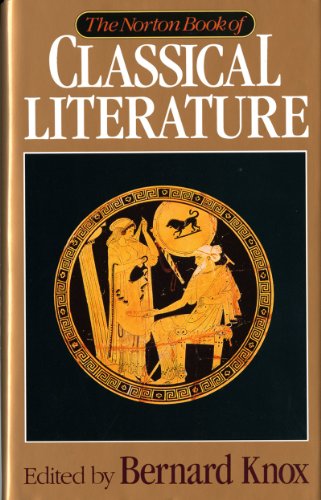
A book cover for The Norton Book of Classical Literature; Literature & Fiction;